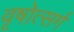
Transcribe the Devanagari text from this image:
वृषोत्सर्ग